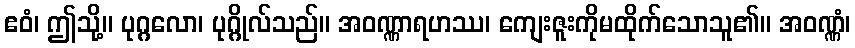
ဧဝံ၊ ဤသို့။ ပုဂ္ဂလော၊ ပုဂ္ဂိုလ်သည်။ အဝဏ္ဏာရဟဿ၊ ကျေးဇူးကိုမထိုက်သောသူ၏။ အဝဏ္ဏံ၊